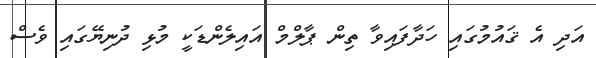
އަދި އެ ޤައުމުގައި ހަދާފައިވާ ތިން ޕާލްމް އައިލެންޑަކީ މުޅި ދުނިޔޭގައި ވެސް